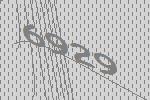
6929